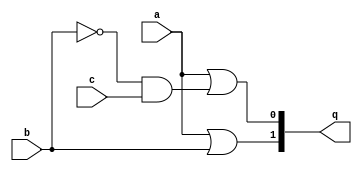
`timescale 1ns / 1ps
//////////////////////////////////////////////////////////////////////////////////
// Company: 
// Engineer: 
// 
// Design Name: 
// Module Name:    data_flow 
// Project Name: 
// Target Devices: 
// Tool versions: 
// Description: 
//
// Dependencies: 
//
// Revision: 
// Revision 0.01 - File Created
// Additional Comments: 
//
//////////////////////////////////////////////////////////////////////////////////
module data_flow(
    input a,
    input b,
    input c,
	 output [1:0]q
    );
	assign q[0] = a | (~b&c); // a + ~bc
	assign q[1] = a | b; // a+b

endmodule